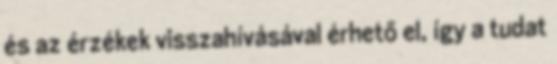
és az érzékek visszahívásával érhető el, így a tudat